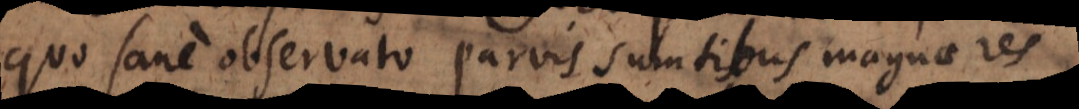
quo sane observato parvis sumtibus magnae res